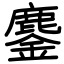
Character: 鏖